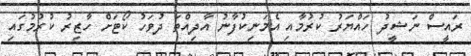
ރައީސް ނަޝީދު ހައްޔަރު ކުރުމާއި އެމަނިކުފާނު އާދިއްތަ ދުވަހު ކޯޓަށް ހާޒިރު ކުރުމުގައި